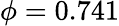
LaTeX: \phi=0.741